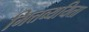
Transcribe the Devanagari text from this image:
मित्तव्ययिता